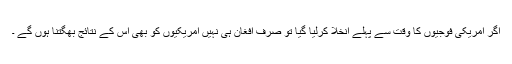
اگر امریکی فوجیوں کا وقت سے پہلے انخلا کرلیا گیا تو صرف افغان ہی نہیں امریکیوں کو بھی اس کے نتائج بھگتنا ہوں گے ۔